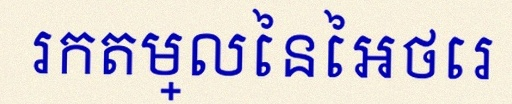
រកតម្លៃនៃអថេរ